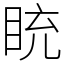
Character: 𥅻